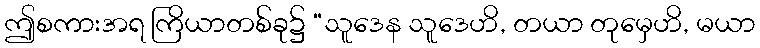
ဤစကားအရ ကြိယာတစ်ခု၌ “သူဒေန သူဒေဟိ, တယာ တုမှေဟိ, မယာ